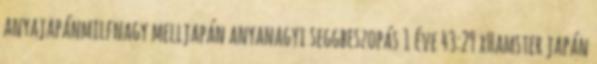
anyajapánmilfnagy melljapán anyanagyi seggbeszopás 1 éve 43:29 xHamster japán